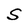
Character: S